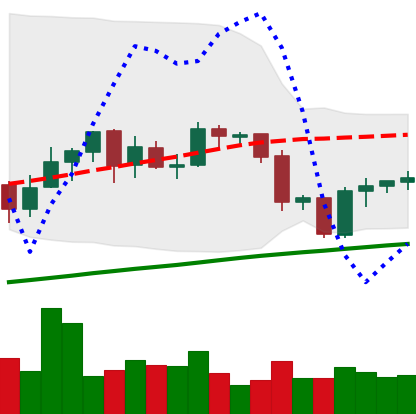
Ticker: ETH-USD
Chart end date: 2020-09-27
Forward return: -3.133%
Label: down_3_5